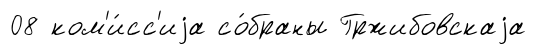
08 ком'и́сс'иjа со́браны Гржибовскаjа